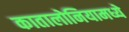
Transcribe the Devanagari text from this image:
कातालोनियामध्ये